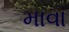
માવા